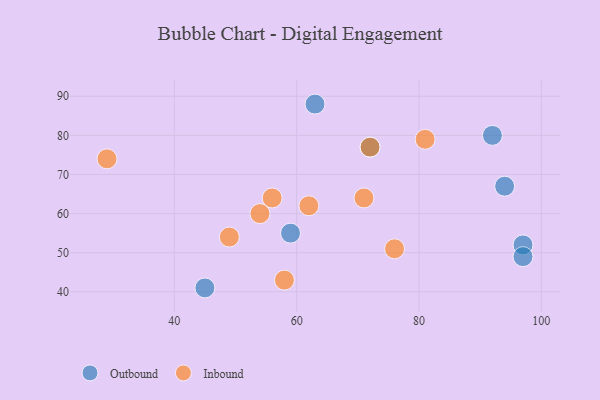
{"axis": {"x": "GDP", "y": "Life Expectancy"}, "legend": ["Inbound", "Outbound"], "data": [{"x": "92", "y": 80, "type": "Outbound"}, {"x": "63", "y": 88, "type": "Outbound"}, {"x": "97", "y": 52, "type": "Outbound"}, {"x": "45", "y": 41, "type": "Outbound"}, {"x": "72", "y": 77, "type": "Outbound"}, {"x": "97", "y": 49, "type": "Outbound"}, {"x": "94", "y": 67, "type": "Outbound"}, {"x": "59", "y": 55, "type": "Outbound"}, {"x": "76", "y": 51, "type": "Inbound"}, {"x": "62", "y": 62, "type": "Inbound"}, {"x": "58", "y": 43, "type": "Inbound"}, {"x": "54", "y": 60, "type": "Inbound"}, {"x": "72", "y": 77, "type": "Inbound"}, {"x": "49", "y": 54, "type": "Inbound"}, {"x": "81", "y": 79, "type": "Inbound"}, {"x": "71", "y": 64, "type": "Inbound"}, {"x": "29", "y": 74, "type": "Inbound"}, {"x": "56", "y": 64, "type": "Inbound"}]}